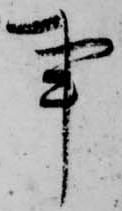
事